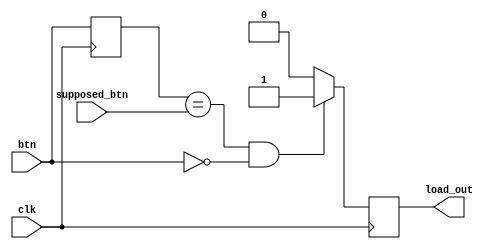
`timescale 1ns / 1ps

module LoadGen(
         input wire clk,
         input wire [2:0] btn,
         input wire [2:0] supposed_btn,
         output reg load_out
       );

initial
  load_out = 0;
reg [2:0] old_btn;

always@(posedge clk)
  begin
    if ((old_btn == supposed_btn) && (btn == 3'b0)) // negedge of supposed btn
      load_out <= 1'b1;
    else
      load_out <= 1'b0;
  end
always@(posedge clk)
  begin
    old_btn <= btn;
  end

endmodule